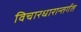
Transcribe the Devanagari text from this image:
विचारधारान्तर्गत